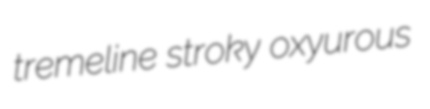
tremeline stroky oxyurous